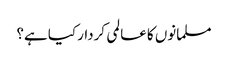
مسلمانوں کا عالمی کردار کیا ہے؟